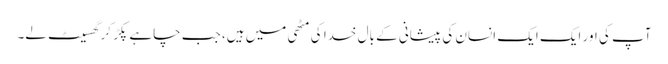
آپ کی اور ایک ایک انسان کی پیشانی کے بال خدا کی مٹھی میں ہیں، جب چاہے پکڑ کر گھسیٹ لے۔